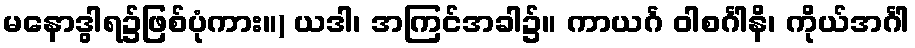
မနောဒွါရ၌ဖြစ်ပုံကား။) ယဒါ၊ အကြင်အခါ၌။ ကာယင်္ဂ ဝါစင်္ဂါနိ၊ ကိုယ်အင်္ဂါ